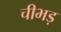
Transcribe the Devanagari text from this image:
चीभड़